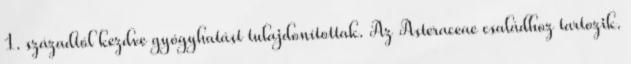
1. századtól kezdve gyógyhatást tulajdonítottak. Az Asteraceae családhoz tartozik.